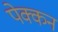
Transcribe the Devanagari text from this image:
पेक्कन